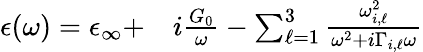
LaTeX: \begin{array}{r}{\begin{array}{rl}{\epsilon(\omega)=\epsilon_{\infty}+}&{{}i\frac{G_{0}}{\omega}-\sum_{\ell=1}^{3}\frac{\omega_{i,\ell}^{2}}{\omega^{2}+i\Gamma_{i,\ell}\omega}}\end{array}}\end{array}